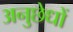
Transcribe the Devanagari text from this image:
अनुछेधों